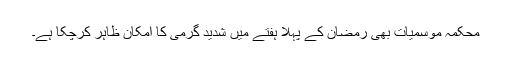
محکمہ موسمیات بھی رمضان کے پہلا ہفتے میں شدید گرمی کا امکان ظاہر کرچکا ہے۔